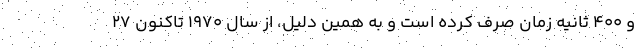
و ۴۰۰ ثانیه زمان صرف کرده است و به همین دلیل، از سال ۱۹۷۰ تاکنون ۲۷